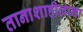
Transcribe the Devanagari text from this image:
तानाशाहीलाना